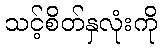
သင့်စိတ်နှလုံးကို